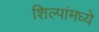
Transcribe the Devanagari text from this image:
शिल्पांमध्ये